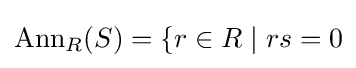
\mathrm {Ann} _{R}(S)=\{r\in R\mid rs=0